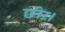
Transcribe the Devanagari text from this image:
छीर।